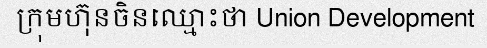
ក្រុមហ៊ុនចិនឈ្មោះថា Union Development